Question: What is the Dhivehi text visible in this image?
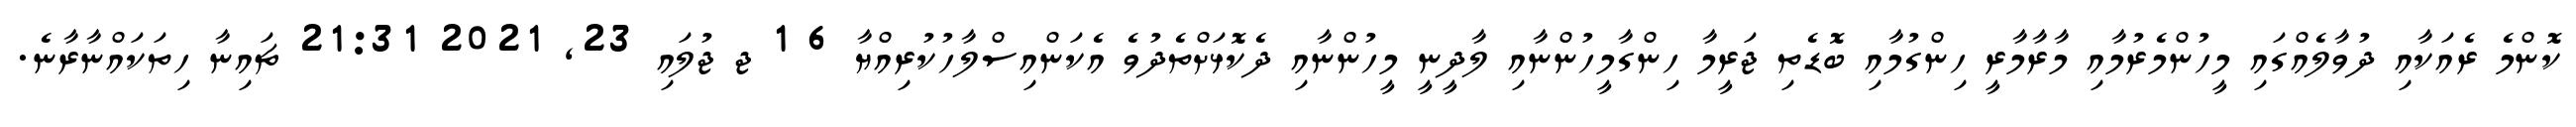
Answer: ކޮންމެ ރެއަކާއި ދުވާލެއްގައި މީހުންމެރުމާއި މާރާމާރީ ހިންގުމާއި ބޮޑެތި ޖަރީމާ ހިންގާމީހުންނާއި ލާދީނީ މީހުންނާއި ދެކޮޅަށްތެދުވެ އެކަންއިސްލާހުކުރިއްޔާ 6 1 ޖ ޖުލައި 23, 2021 21:31 ޗައިނާ ހިތަކައްނާރާނެ.